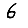
Digit: 6